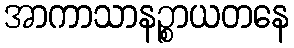
အာကာသာနဉ္စာယတနေ